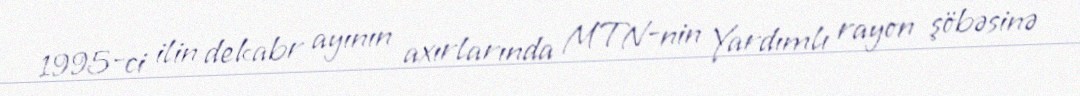
1995-ci ilin dekabr ayının axırlarında MTN-nin Yardımlı rayon şöbəsinə